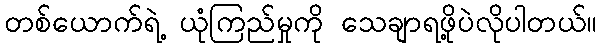
တစ်ယောက်ရဲ့ ယုံကြည်မှုကို သေချာရဖို့ပဲလိုပါတယ်။